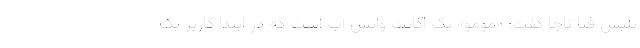
پلیس فتا ناجا گفت: «مومو» یک اکانت واتس آپ است که در ابتدا کاربر یک